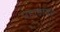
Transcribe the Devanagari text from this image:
पहाडांवर